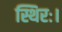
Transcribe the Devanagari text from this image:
स्थिरः।